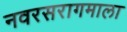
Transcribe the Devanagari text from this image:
नवरसरागमाला